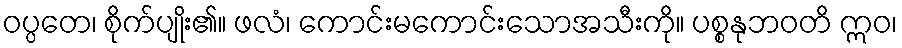
ဝပ္ပတေ၊ စိုက်ပျိုး၏။ ဖလံ၊ ကောင်းမကောင်းသောအသီးကို။ ပစ္စနုဘဝတိ ဣဝ၊